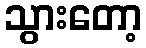
သွားတော့